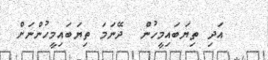
އަދި ތިޔަބައިމީހުން  ދޭނަމަ ތިޔަބައިމީހުންނަށް